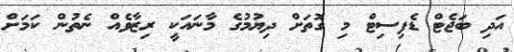
އަދި ބަޖެޓް ޑެފިސިޓް މި ގޮތަށް ދިޔުމުގެ މާނައަކީ ރިޒާވެއް ނެތުން ކަމަށް